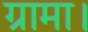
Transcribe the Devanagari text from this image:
ग्रामा।